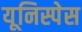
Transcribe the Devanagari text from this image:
यूनिस्पेस